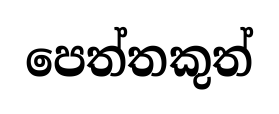
පෙත්තකුත්